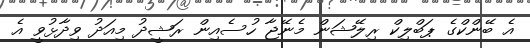
އެ ބޭންކްގެ ޕަބްލިކް ރިލޭޝަން މެނޭޖާ ހުސެއިން ރަޝީދު މިއަދު ވިދާޅުވީ އެ